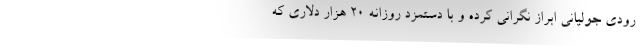
رودی جولیانی ابراز نگرانی کرده و با دستمزد روزانه ۲۰ هزار دلاری که